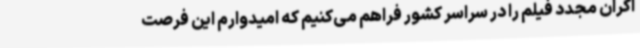
اکران مجدد فیلم را در سراسر کشور فراهم می‌کنیم که امیدوارم این فرصت